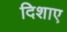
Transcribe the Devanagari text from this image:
दिशाए